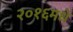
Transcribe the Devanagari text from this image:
२०१६मधे